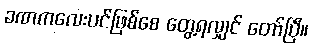
ခဏကလေးပင်ဖြစ်စေ တွေ့ရလျှင် တော်ပြီ။